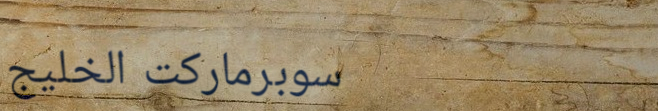
سوبرماركت الخليج